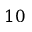
1 0